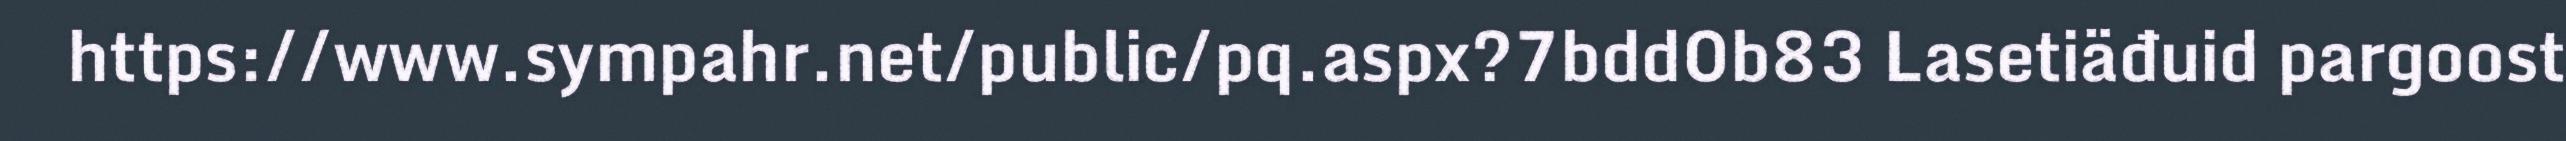
https://www.sympahr.net/public/pq.aspx?7bdd0b83 Lasetiäđuid pargoost